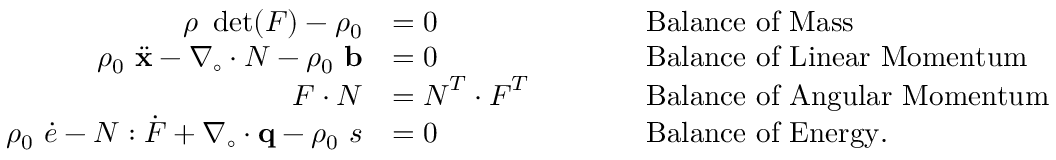
{ \begin{array} { r l r l } { \rho ~ \operatorname* { d e t } ( { \boldsymbol { F } } ) - \rho _ { 0 } } & { = 0 } & & { \qquad { \mathrm { B a l a n c e ~ o f ~ M a s s } } } \\ { \rho _ { 0 } ~ { \ddot { \mathbf { x } } } - { \boldsymbol { \nabla } } _ { \circ } \cdot { \boldsymbol { N } } - \rho _ { 0 } ~ \mathbf { b } } & { = 0 } & & { \qquad { \mathrm { B a l a n c e ~ o f ~ L i n e a r ~ M o m e n t u m } } } \\ { { \boldsymbol { F } } \cdot { \boldsymbol { N } } } & { = { \boldsymbol { N } } ^ { T } \cdot { \boldsymbol { F } } ^ { T } } & & { \qquad { \mathrm { B a l a n c e ~ o f ~ A n g u l a r ~ M o m e n t u m } } } \\ { \rho _ { 0 } ~ { \dot { e } } - { \boldsymbol { N } } : { \dot { \boldsymbol { F } } } + { \boldsymbol { \nabla } } _ { \circ } \cdot \mathbf { q } - \rho _ { 0 } ~ s } & { = 0 } & & { \qquad { \mathrm { B a l a n c e ~ o f ~ E n e r g y . } } } \end{array} }